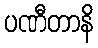
ပဏီတာနိ